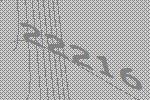
22216